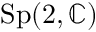
\mathrm { S p } ( 2 , \mathbb { C } )